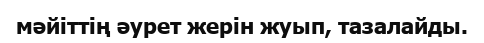
мәйіттің әурет жерін жуып, тазалайды.